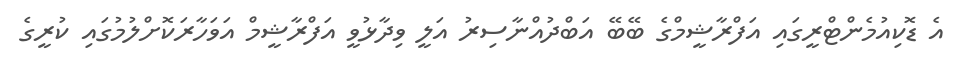
އެ ޑޮކިއުމެންޓްރީގައި އަފްރާޝީމްގެ ބޭބޭ އަބްދުއްނާސިރު އަލީ ވިދާޅުވީ އަފްރާޝީމް އަވަހާރަކޮށްލުމުގައި ކުރީގެ